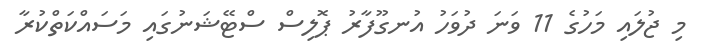
މި ޖުލައި މަހުގެ 11 ވަނަ ދުވަހު އުނގޫފާރު ޕޮލިސް ސްޓޭޝަނުގައި މަސައްކަތްކުރާ